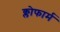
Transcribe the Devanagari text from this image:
क्लोफार्म